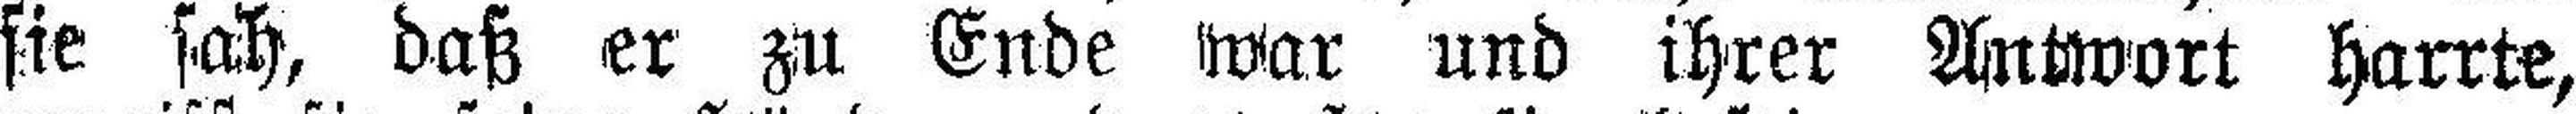
sie sah, daß er zu Ende war und ihrer Antwort harrte,